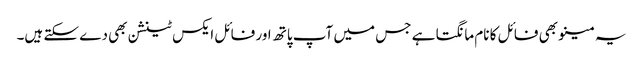
یہ مینو بھی فائل کا نام مانگتا ہے جس میں آپ پاتھ اور فائل ایکس ٹینشن بھی دے سکتے ہیں۔